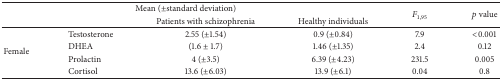
| <COLSPAN=4> Mean (±standard deviation) | <ROWSPAN=2> F1,95 | <ROWSPAN=2> p value |
 |  |  | Patients with schizophrenia | Healthy individuals |
 | --- | --- | --- | --- | --- | --- |
 | <ROWSPAN=4> Female | Testosterone | 2.55 (±1.54) | 0.9 (±0.84) | 7.9 | <0.001 |
 | DHEA | (1.6 ± 1.7) | 1.46 (±1.35) | 2.4 | 0.12 |
 | Prolactin | 4 (±3.5) | 6.39 (±4.23) | 231.5 | 0.005 |
 | Cortisol | 13.6 (±6.03) | 13.9 (±6.1) | 0.04 | 0.8 |